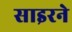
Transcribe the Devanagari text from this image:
साइरने